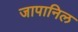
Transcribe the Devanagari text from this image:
जापानिल